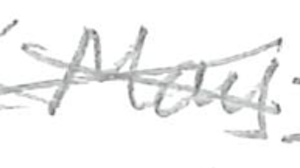
Text: May
Cross-out: cross
Writing tool: pencil